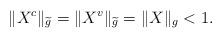
LaTeX: \begin{align*} \|X^c\|_{\widetilde{g}}=\|X^v\|_{\widetilde{g}}=\|X\|_g<1.\end{align*}